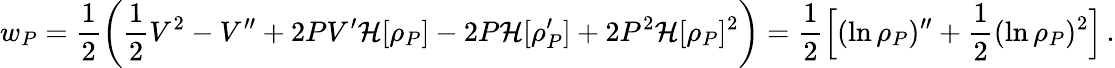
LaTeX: w_{P}=\frac{1}{2}\left(\frac{1}{2}V^{2}-V^{\prime\prime}+2PV^{\prime}\mathcal{H}[\rho_{P}]-2P\mathcal{H}[\rho_{P}^{\prime}]+2P^{2}\mathcal{H}[\rho_{P}]^{2}\right)=\frac{1}{2}\Big[(\ln\rho_{P})^{\prime\prime}+\frac{1}{2}(\ln\rho_{P})^{2}\Big]\, .